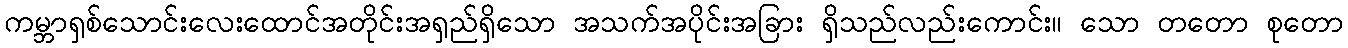
ကမ္ဘာရှစ်သောင်းလေးထောင်အတိုင်းအရှည်ရှိသော အသက်အပိုင်းအခြား ရှိသည်လည်းကောင်း။ သော တတော စုတော